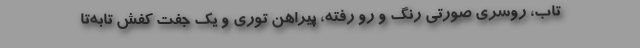
تاب، روسري صورتي رنگ ‌و ‌رو رفته، پيراهن توري و يك جفت كفش ‌تابه‌تا